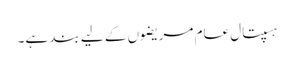
ہسپتال عام مریضوں کے لیے بند ہے۔